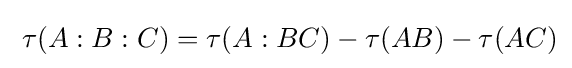
\;\tau (A:B:C)=\tau (A:BC)-\tau (AB)-\tau (AC)